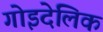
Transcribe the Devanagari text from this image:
गोइदेलिक